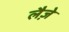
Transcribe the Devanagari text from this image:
लैज़े